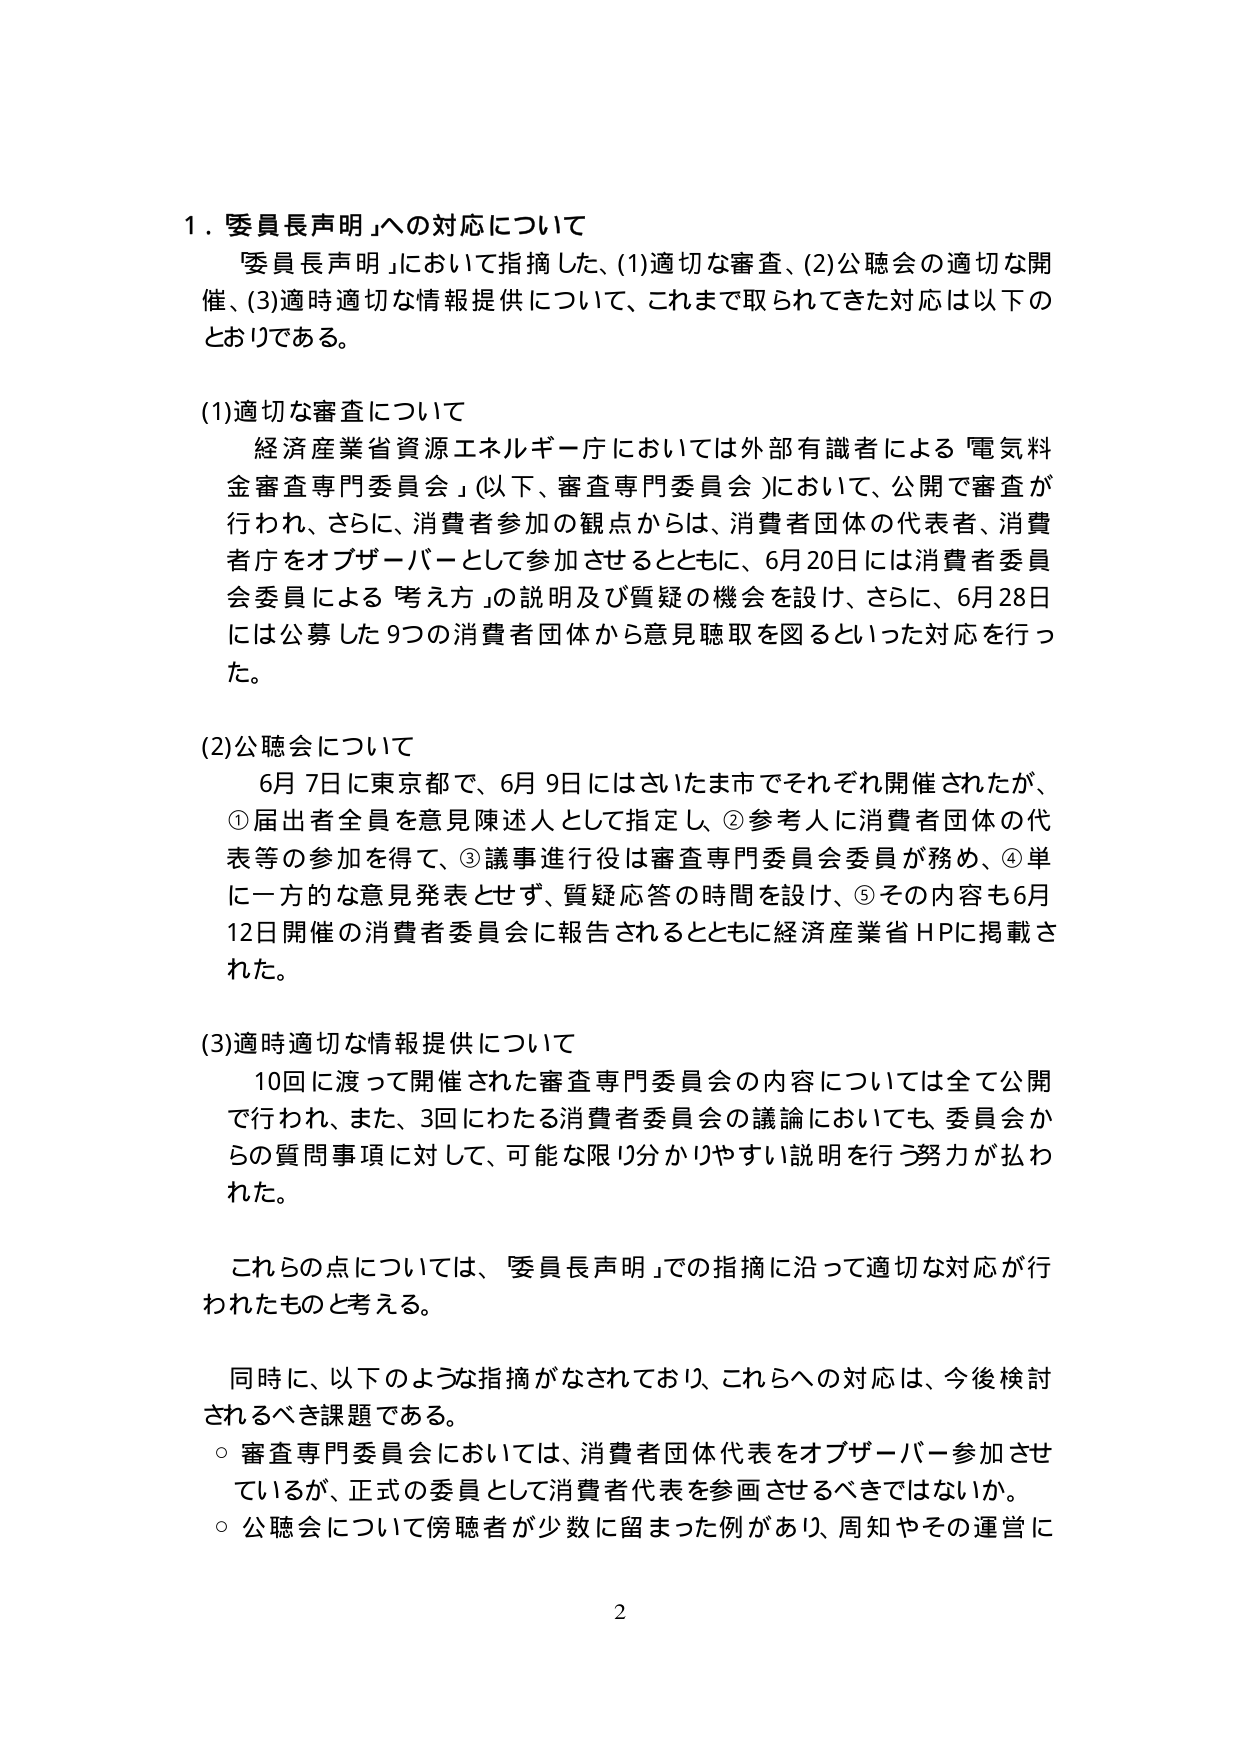
1．委員長声明」への対応について
「委員長声明」において指摘した、(1)適切な審査、(2)公聴会の適切な開催、(3)適時適切な情報提供について、これまで取られてきた対応は以下のとおりである。

(1)適切な審査について
経済産業省資源エネルギー庁においては外部有識者による「電気料金審査専門委員会」（以下、審査専門委員会）において、公開で審査が行われ、さらに、消費者参加の観点からは、消費者団体の代表者、消費者庁をオブザーバーとして参加させるとともに、6月20日には消費者委員会委員による「考え方」の説明及び質疑の機会を設け、さらに、6月28日には公募した9つの消費者団体から意見聴取を図るといった対応を行った。

(2)公聴会について
6月7日に東京都で、6月9日にはさいたま市でそれぞれ開催されたが、①届出者全員を意見陳述人として指定し、②参考人に消費者団体の代表等の参加を得て、③議事進行役は審査専門委員会委員が務め、④単に一方的な意見発表とせず、質疑応答の時間を設け、⑤その内容も6月12日開催の消費者委員会に報告されるとともに経済産業省HPに掲載された。

(3)適時適切な情報提供について
10回に渡って開催された審査専門委員会の内容については全て公開で行われ、また、3回にわたる消費者委員会の議論においても、委員会からの質問事項に対して、可能な限り分かりやすい説明を行う努力が払われた。

これらの点については、「委員長声明」での指摘に沿って適切な対応が行われたものと考える。

同時に、以下のような指摘がなされており、これらへの対応は、今後検討されるべき課題である。
○ 審査専門委員会においては、消費者団体代表をオブザーバー参加させているが、正式の委員として消費者代表を参画させるべきではないか。
○ 公聴会について傍聴者が少数に留まった例があり、周知やその運営に

2